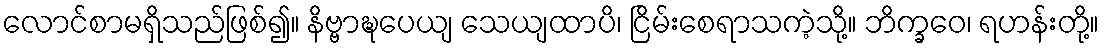
လောင်စာမရှိသည်ဖြစ်၍။ နိဗ္ဗာဍ္ဎပေယျ သေယျထာပိ၊ ငြိမ်းစေရာသကဲ့သို့။ ဘိက္ခဝေ၊ ရဟန်းတို့။